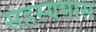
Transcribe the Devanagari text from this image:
सहस्यमास